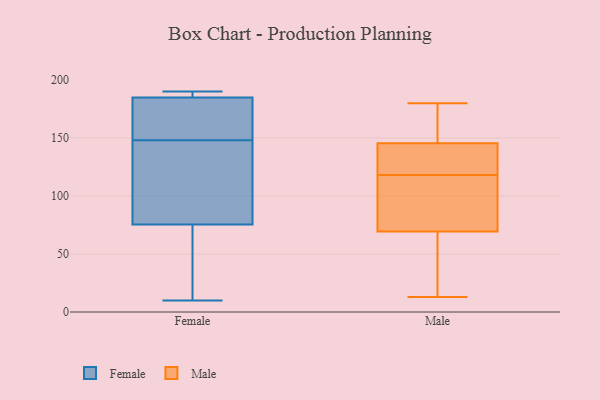
{"axis": {"x": "Active Users", "y": "Value"}, "legend": ["Female", "Male"], "data": [{"x": "", "y": 10, "type": "Female"}, {"x": "", "y": 52, "type": "Female"}, {"x": "", "y": 152, "type": "Female"}, {"x": "", "y": 144, "type": "Female"}, {"x": "", "y": 187, "type": "Female"}, {"x": "", "y": 185, "type": "Female"}, {"x": "", "y": 156, "type": "Female"}, {"x": "", "y": 190, "type": "Female"}, {"x": "", "y": 185, "type": "Female"}, {"x": "", "y": 99, "type": "Female"}, {"x": "", "y": 141, "type": "Female"}, {"x": "", "y": 24, "type": "Female"}, {"x": "", "y": 109, "type": "Male"}, {"x": "", "y": 42, "type": "Male"}, {"x": "", "y": 145, "type": "Male"}, {"x": "", "y": 71, "type": "Male"}, {"x": "", "y": 147, "type": "Male"}, {"x": "", "y": 52, "type": "Male"}, {"x": "", "y": 13, "type": "Male"}, {"x": "", "y": 118, "type": "Male"}, {"x": "", "y": 65, "type": "Male"}, {"x": "", "y": 136, "type": "Male"}, {"x": "", "y": 117, "type": "Male"}, {"x": "", "y": 149, "type": "Male"}, {"x": "", "y": 123, "type": "Male"}, {"x": "", "y": 151, "type": "Male"}, {"x": "", "y": 145, "type": "Male"}, {"x": "", "y": 96, "type": "Male"}, {"x": "", "y": 180, "type": "Male"}]}